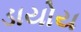
ડાયોય